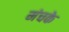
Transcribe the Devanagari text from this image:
मंचके